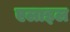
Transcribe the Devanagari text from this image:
एलाइल